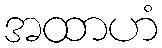
အထာဟံ